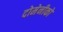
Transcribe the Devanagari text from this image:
दोमेनीको